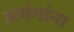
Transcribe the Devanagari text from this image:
अभंगांना